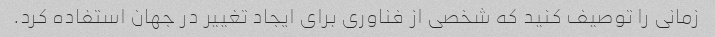
زمانی را توصیف کنید که شخصی از فناوری برای ایجاد تغییر در جهان استفاده کرد.